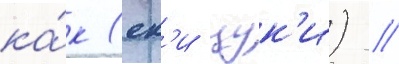
ка́к (ек'и цук'и) /